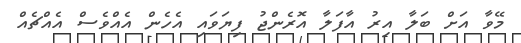
މޭވާ އަށް ބަލާ އިރު އާފަލާ އޮރެންޖު ފިޔަވައި އެހެން އެއްވެސް އެއްޗެއް